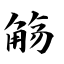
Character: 觞